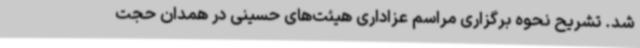
شد. تشریح نحوه برگزاری مراسم عزاداری هیئت‌های حسینی در همدان حجت‌